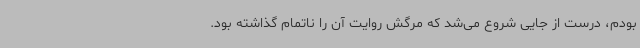
بودم، درست از جایی شروع می‌شد که مرگش روایت آن را ناتمام گذاشته بود.